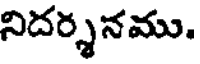
నిదర్శనము.